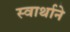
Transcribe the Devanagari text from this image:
स्वार्थाने